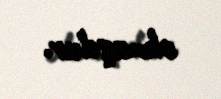
olmuşdur.